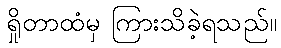
ရှိုတာထံမှ ကြားသိခဲ့ရသည်။